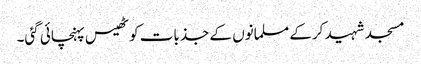
مسجد شہید کرکے مسلمانوں کے جذبات کو ٹھیس پہنچائی گئی۔